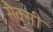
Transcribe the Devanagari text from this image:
सैक्सी